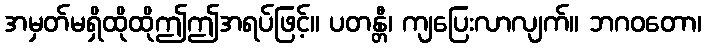
အမှတ်မရှိထိုထိုဤဤအရပ်ဖြင့်။ ပတန္တီ၊ ကျပြေးလာလျက်။ ဘဂဝတော၊